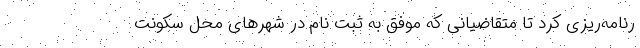
رنامه‌ریزی کرد تا متقاضیانی که موفق به ثبت نام در شهرهای محل سکونت